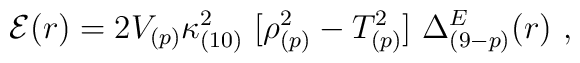
{\cal E}(r) = 2 V_{(p)} \kappa_{(10)}^2\  [ \rho_{(p)}^2 -  T_{(p)}^2 ]\ \Delta_{(9-p)}^E(r)\ ,